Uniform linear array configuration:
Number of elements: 48
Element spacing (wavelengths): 0.25
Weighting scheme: hamming
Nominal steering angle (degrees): -45
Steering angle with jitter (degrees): -45.866
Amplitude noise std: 0.05
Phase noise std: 0.05

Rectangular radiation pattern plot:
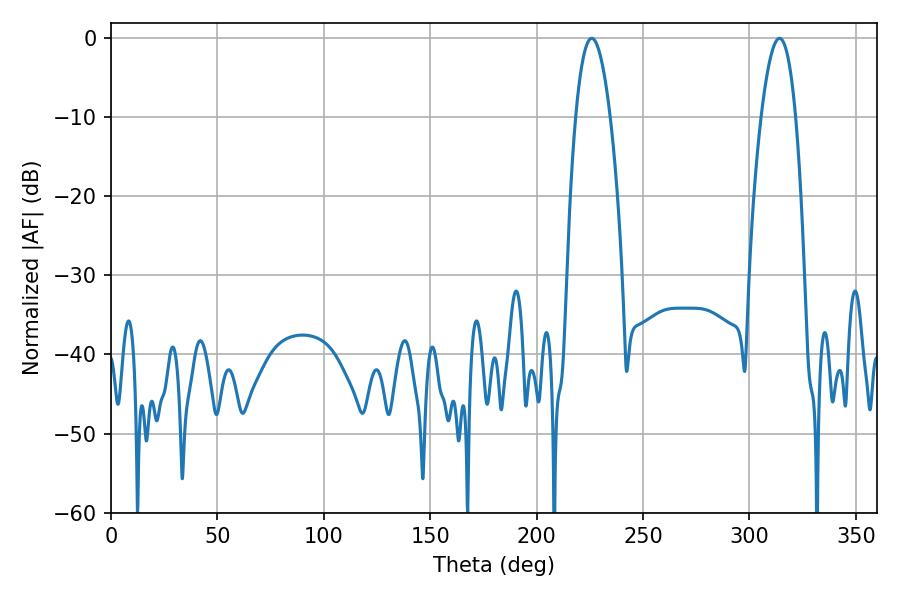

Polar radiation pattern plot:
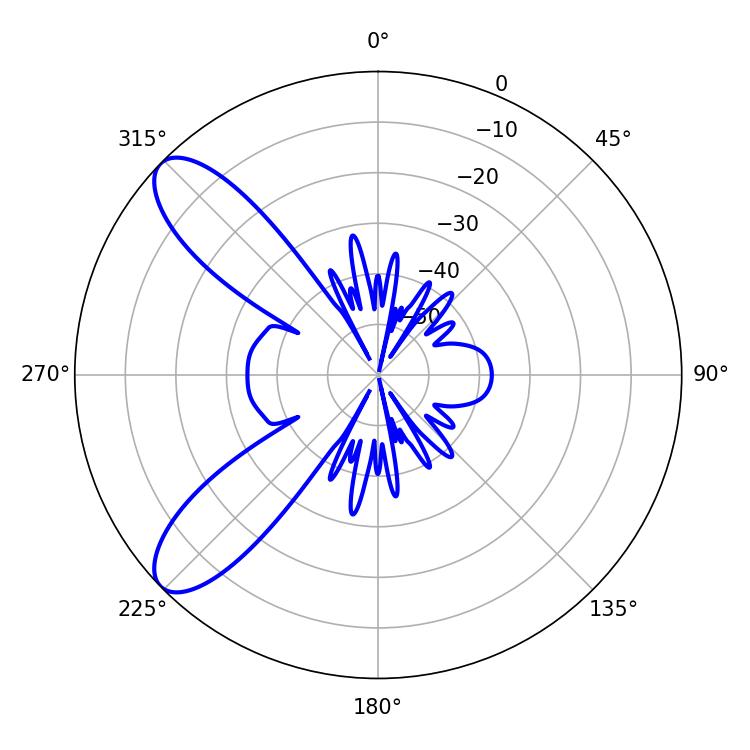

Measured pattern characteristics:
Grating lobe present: FALSE
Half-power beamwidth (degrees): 9
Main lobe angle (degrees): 225.9